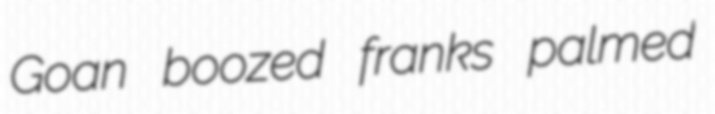
Goan boozed franks palmed